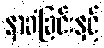
နာခံခြင်းနှင့်